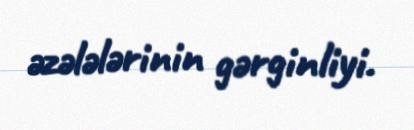
əzələlərinin gərginliyi.